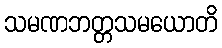
သမဏဘတ္တသမယောတိ